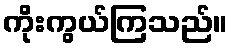
ကိုးကွယ်ကြသည်။